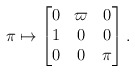
\begin{align*} \pi \mapsto \begin{bmatrix} 0 & \varpi & 0\\ 1 & 0 & 0\\ 0 & 0 & \pi \end{bmatrix}.\end{align*}